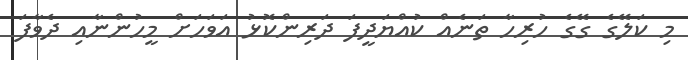
މި ކަލޭގެ ގޭގެ ހުރިހާ ތަނެއް ކުއްޔަދީފަ ދަރިންކޮޅު އަވަހަށް މީހުންނާއި ދެވާފަ